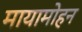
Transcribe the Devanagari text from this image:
मायामोहन